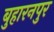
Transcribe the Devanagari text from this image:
बुहारनपुर